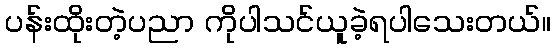
ပန်းထိုးတဲ့ပညာ ကိုပါသင်ယူခဲ့ရပါသေးတယ်။